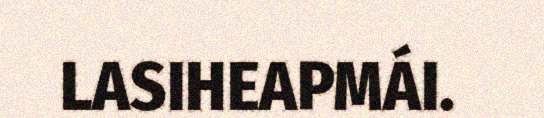
LASIHEAPMÁI.